Document type: Oath
Year: 1447
Scribe: Pere Figuerola
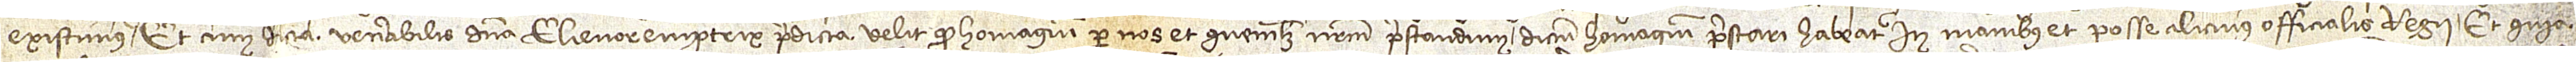
existimus. Et cum dicta venerabilis domina Elienor, emptrix predicta, velit quod homagium per nos et quemlibet nostrum prestandum dictum homagium prestari habeat in manibus et posse alicuius officialis regii; et quia